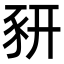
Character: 豜